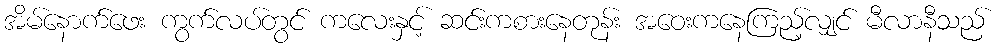
အိမ်နောက်ဖေး ကွက်လပ်တွင် ကလေးနှင့် ဆင်းကစားနေတုန်း အဝေးကနေကြည့်လျှင် မီလာနီသည်